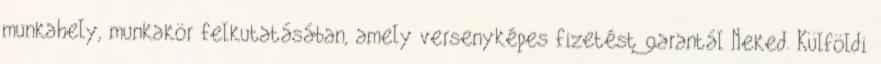
munkahely, munkakör felkutatásában, amely versenyképes fizetést garantál Neked. Külföldi